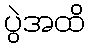
ပွဲအထိ